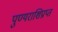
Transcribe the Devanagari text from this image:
पुण्यराशिप्राप्त